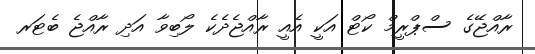
ރާއްޖޭގެ ސްޕްރީމް ކޯޓް އަކީ އެއީ ރާއްޖެދެކެ ލޯބިވާ އަދި ރާއްޖެ ބެޓަރ